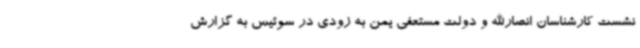
نشست کارشناسان انصارالله و دولت مستعفی یمن به زودی در سوئیس به گزارش